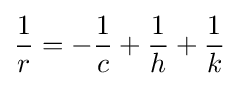
{\frac {1}{r}}=-{\frac {1}{c}}+{\frac {1}{h}}+{\frac {1}{k}}